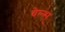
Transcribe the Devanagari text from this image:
वेल्स्